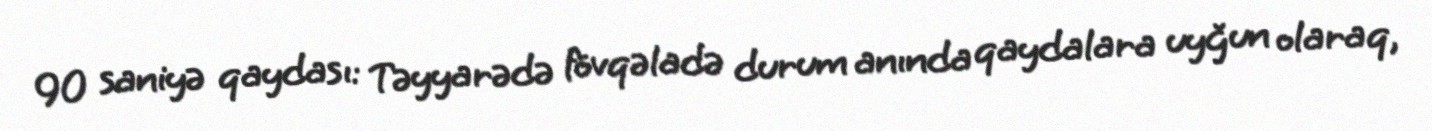
90 saniyə qaydası: Təyyarədə fövqəladə durum anında qaydalara uyğun olaraq,